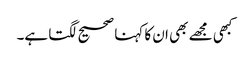
کبھی مجھے بھی ان کا کہنا صحیح لگتا ہے۔